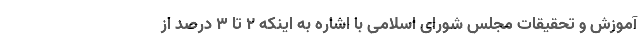
آموزش و تحقیقات مجلس شورای اسلامی با اشاره به اینکه ۲ تا ۳ درصد از